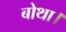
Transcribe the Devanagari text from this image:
बोथा।